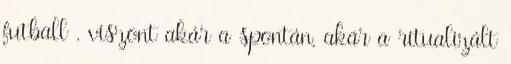
futball , viszont akár a spontán, akár a ritualizált